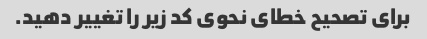
برای تصحیح خطای نحوی کد زیر را تغییر دهید.